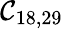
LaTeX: \mathcal{C}_{18,29}